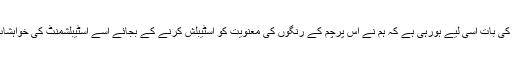
دوسرے رنگوں کی بات اسی لیے ہورہی ہے کہ ہم نے اس پرچم کے رنگوں کی معنویت کو اسٹیبلش کرنے کے بجائے اسے اسٹیبلشمنٹ کی خواہشات کی نذر کردیا۔